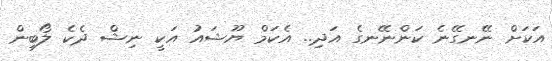
އަކަށް ނޭނގޭނެ ކަންނޭނގެ އަދި.. އެކަމް ޔޫޝައު އަކީ ނިޝް ދެކެ ލޯބިން